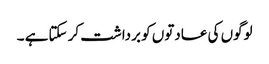
لوگوں کی عادتوں کو برداشت کر سکتاہے ۔